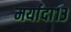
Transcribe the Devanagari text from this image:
मर्यादा१३